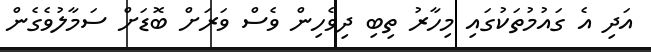
އަދި އެ ގައުމުތަކުގައި މިހާރު ތިބި ދިވެހިން ވެސް ވަރަށް ބޮޑަށް ސަމާލުވެގެން